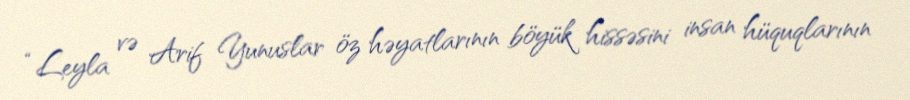
“Leyla və Arif Yunuslar öz həyatlarının böyük hissəsini insan hüquqlarının